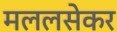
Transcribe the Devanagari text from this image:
मललसेकर